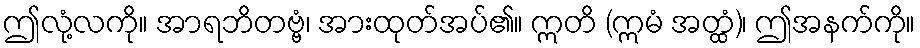
ဤလုံ့လကို။ အာရဘိတဗ္ဗံ၊ အားထုတ်အပ်၏။ ဣတိ (ဣမံ အတ္ထံ)၊ ဤအနက်ကို။